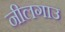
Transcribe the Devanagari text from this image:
नीलगाउ